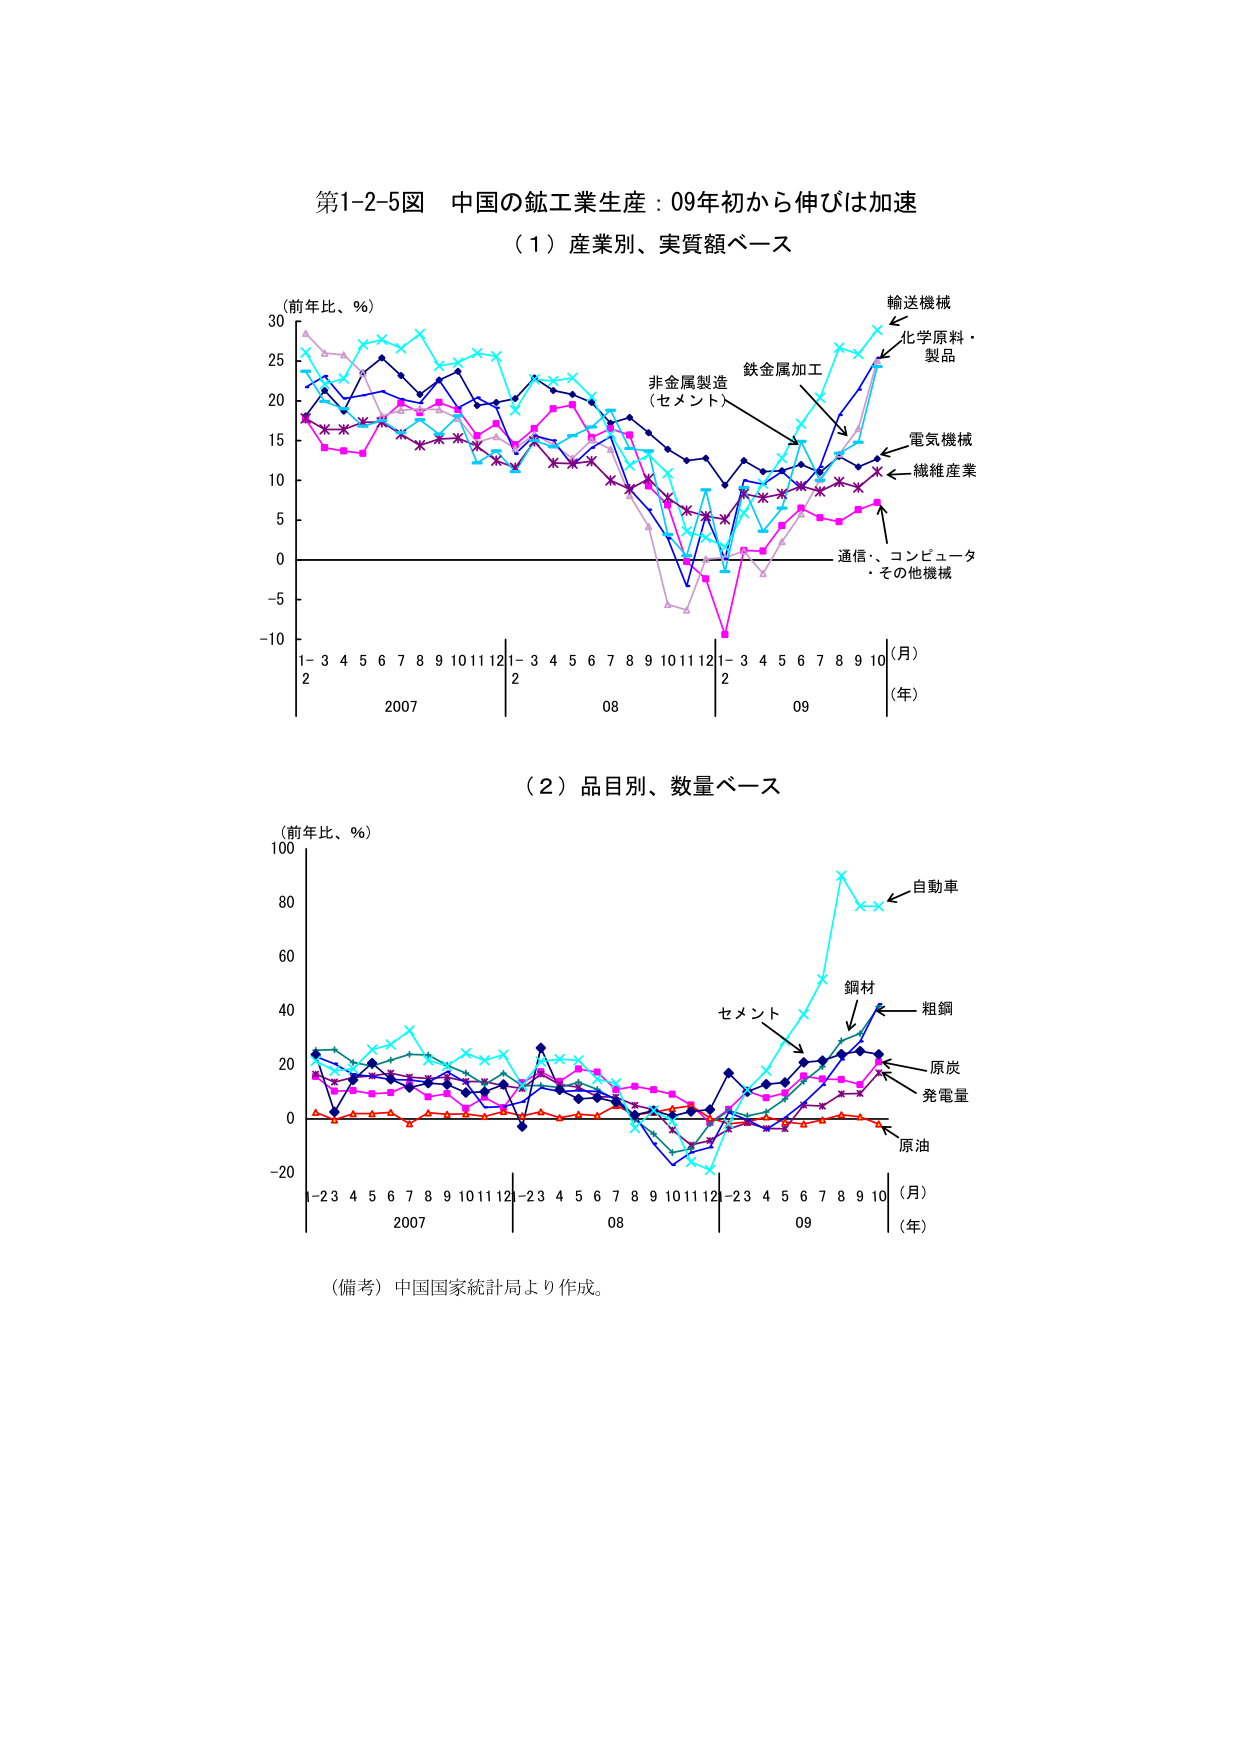
第1-2-5図 中国の鉱工業生産：09年初から伸びは加速
（1）産業別、実質額ベース
（前年比、％）
30
25
20
15
10
5
0
-5
-10
1-3 4 5 6 7 8 9 10 11 12 1-3 4 5 6 7 8 9 10 11 12 1-3 4 5 6 7 8 9 10
2 2 2
2007 08 09
（月）
（年）
輸送機械
化学原料・製品
鉄金属加工
非金属製造
（セメント）
電気機械
繊維産業
通信、コンピュータ
・その他機械

（2）品目別、数量ベース
（前年比、％）
100
80
60
40
20
0
-20
1-2 3 4 5 6 7 8 9 10 11 12 1-2 3 4 5 6 7 8 9 10 11 12 1-2 3 4 5 6 7 8 9 10
2007 08 09
（月）
（年）
自動車
鋼材
粗鋼
セメント
原炭
発電量
原油

（備考）中国国家統計局より作成。